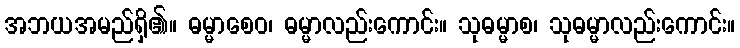
အဘယအမည်ရှိ၏။ ဓမ္မာစေဝ၊ ဓမ္မာလည်းကောင်း။ သုဓမ္မာစ၊ သုဓမ္မာလည်းကောင်း။